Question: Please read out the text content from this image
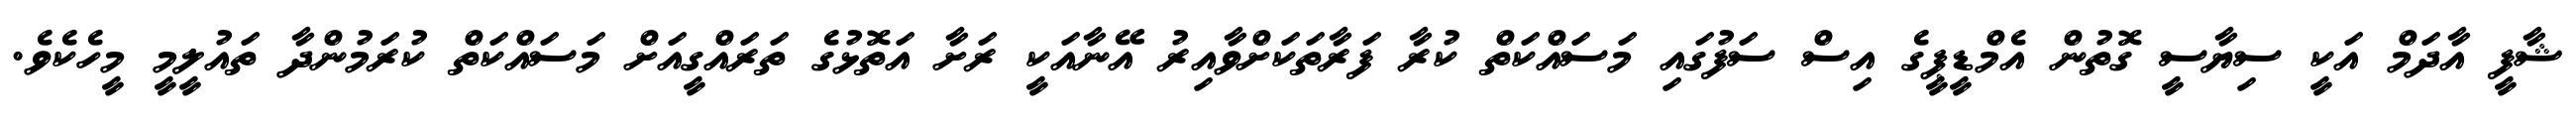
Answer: ޝާފީ އާދަމް އަކީ ސިޔާސީ ގޮތުން އެމްޑީޕީގެ އިސް ސަފުގައި މަސައްކަތް ކުރާ ފަރާތަކަށްވާއިރު އޭނާއަކީ ރަށާ އަތޮޅުގެ ތަރައްގީއަށް މަސައްކަތް ކުރަމުންދާ ތައުލީމީ މީހެކެވެ.